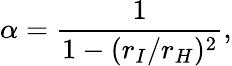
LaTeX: \alpha=\frac{1}{1-(r_{I}/r_{H})^{2}},